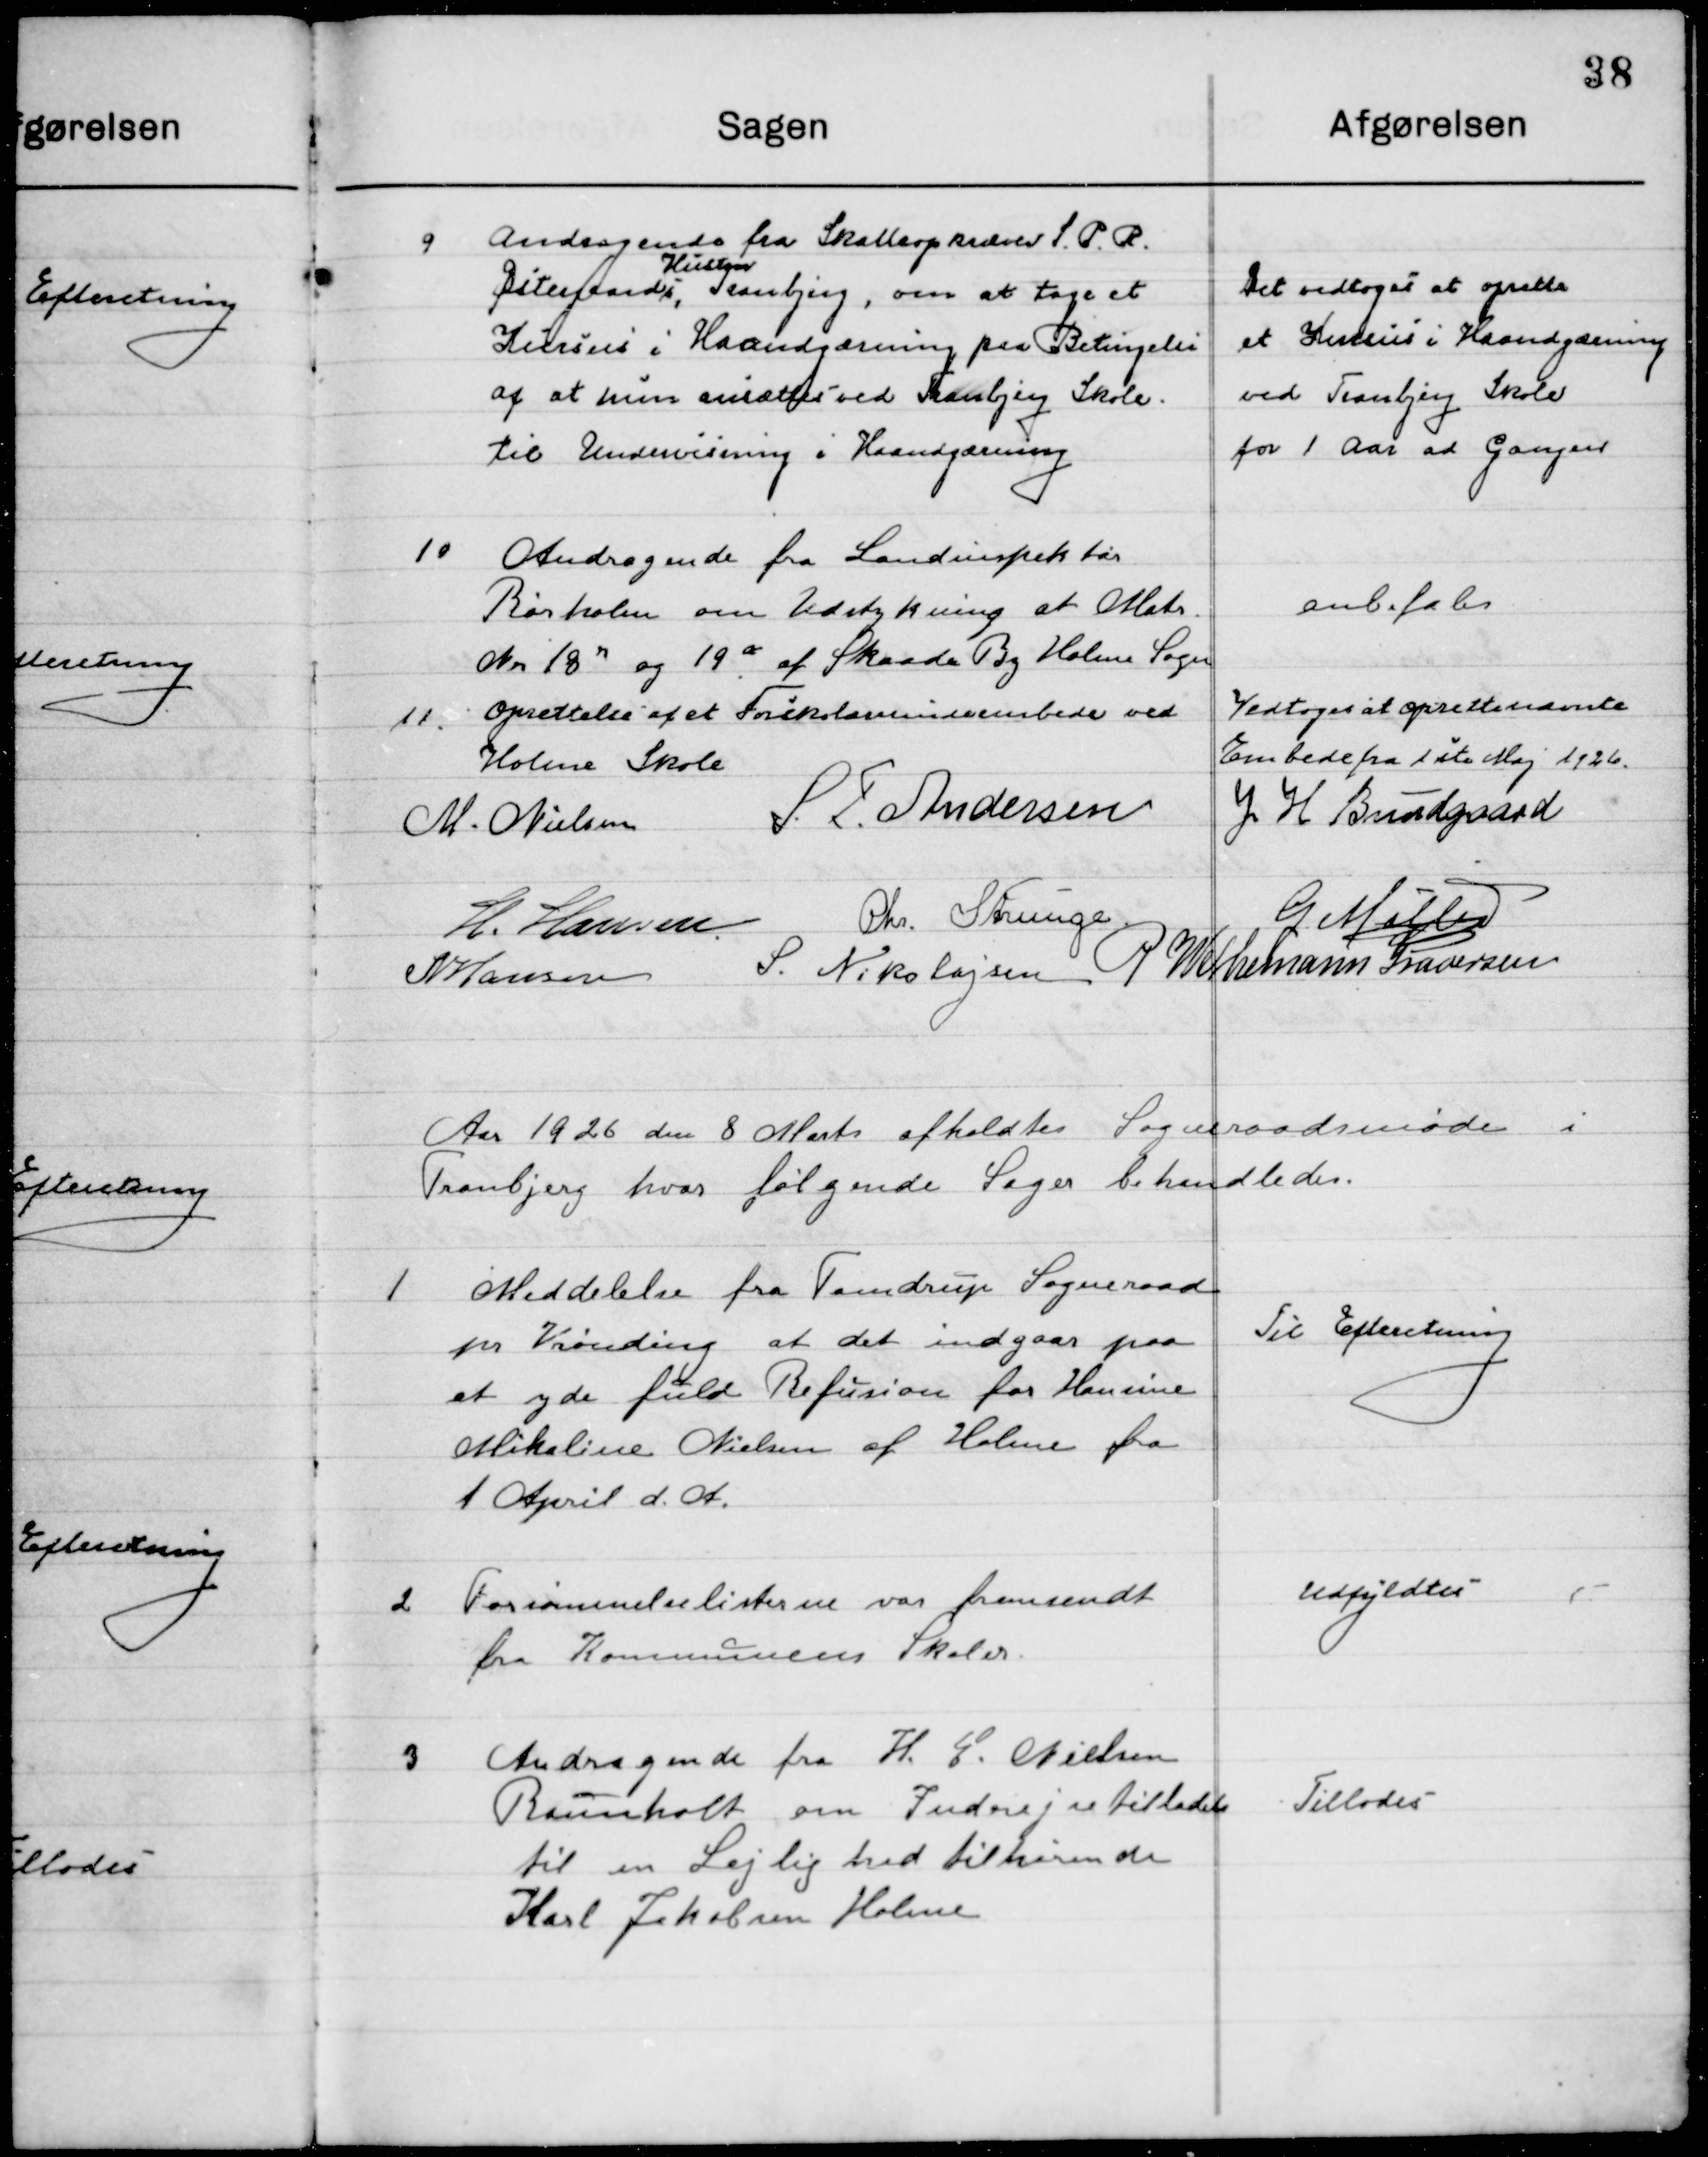
Transskription:
9

Andragende fra Skatteopkræver S. P. R.
Østergaard,
Hustru 
Tranbjerg, om at tage et
Kursus i Haandgerning paa Betingelse 
af at hun ansættes ved Tranbjerg Skole
til Undervisning i Haandgerning.

Det vedtoges at oprette
et Kursus i Haandgerning
ved Tranbjerg Skole
for 1 Aar ad Gangen

10

Andragende fra Landinspektør
Rørholm om Udstykning af Matr.
No. 18 r og 19 æ af Skaade By Holme Sogn.

Anbefales

11

Oprettelse af et Forskolelærerinde embede ved
Holme Skole

Vedtoges at oprette nævnte
Embede fra 1ste Maj 1926.

M. Nielsen
S. F. Andersen
J. H. Bundgaard
H. Hansen
Chr. Strunge
G. Møller
N. Hansen
S. Nikolajsen
P. Wethemann Graversen

Aar 1926 den 8. Marts afholdtes  Sogneraadsmøde i  
Tranbjerg hvor følgende Sager behandledes.

1

Meddelelse fra Tandrup Sogneraad
pr. Vinding at det indgaar paa
at yde fuld Refusion for Hansine
Mikeline Nielsen af Holme fra
1	April d. A.

Til Efterretning

2

Forsømmelseslisten var fremsendt
fra Kommunens Skoler

Udfyldtes

3

Andragende fra H. C. Nielsen
Bomholt om Indrejsetilladelse
til en Lejlighed tilhørende
Karl Jakobsen Holme.

Tillodes